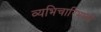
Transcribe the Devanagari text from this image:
व्यभिचारिभावों